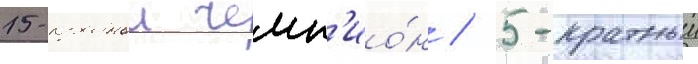
15-кратныи чемп'ио́н / 5-кратныи